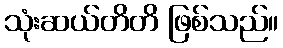
သုံးဆယ်တိတိ ဖြစ်သည်။